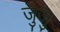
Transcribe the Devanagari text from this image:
जुजु